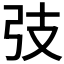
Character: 𢎼